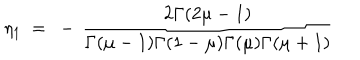
\eta _ { 1 } ~ = ~ - \, \frac { 2 \Gamma ( 2 \mu - 1 ) } { \Gamma ( \mu - 1 ) \Gamma ( 1 - \mu ) \Gamma ( \mu ) \Gamma ( \mu + 1 ) }